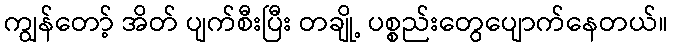
ကျွန်တော့် အိတ် ပျက်စီးပြီး တချို့ ပစ္စည်းတွေပျောက်နေတယ်။